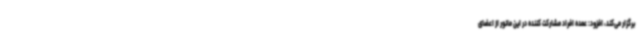
برگزار می‌کند، افزود: عمده افراد مشارکت کننده در این مانور از اعضای